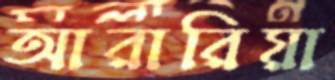
আরারিয়া